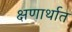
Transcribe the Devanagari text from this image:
क्षणार्थात